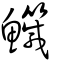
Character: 鱵